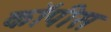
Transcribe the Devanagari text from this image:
कॉपीस